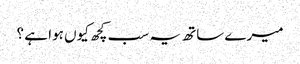
میرے ساتھ یہ سب کچھ کیوں ہوا ہے ؟